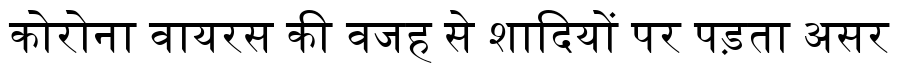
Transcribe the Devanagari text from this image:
कोरोना वायरस की वजह से शादियों पर पड़ता असर